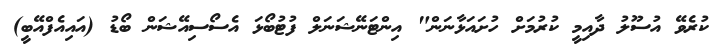
ކުރެވޭ އުސޫލު ދާއިމީ ކުރުމަށް ހުށައަޅާނަން" އިންޓަނޭޝަނަލް ފުޓުބޯޅަ އެސޯސިއޭޝަން ބޯޑު (އައިއެފްއޭބީ)